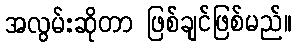
အလွမ်းဆိုတာ ဖြစ်ချင်ဖြစ်မည်။